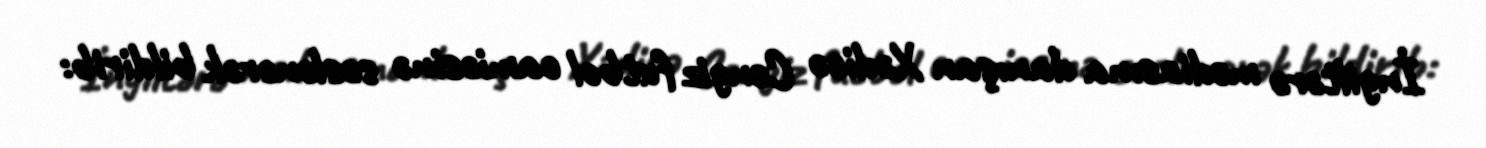
İngiltərə mediasına danışan Xədicə Cengiz futbol camiəsinə səslənərək bildirib: